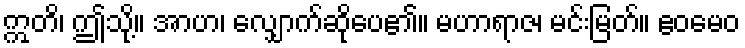
ဣတိ၊ ဤသို့။ အာဟ၊ လျှောက်ဆိုပေ၏။ မဟာရာဇ၊ မင်းမြတ်။ ဧဝမေဝ